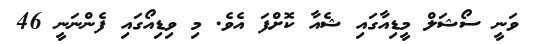
ވަނީ ސޯޝަލް މީޑިއާގައި ޝެއާ ކޮށްފަ އެވެ. މި ވިޑިއޯގައި ފެންނަނީ 46